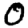
Digit: 0